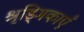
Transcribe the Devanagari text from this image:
श्रृड्गिकाएँ